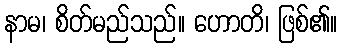
နာမ၊ စိတ်မည်သည်။ ဟောတိ၊ ဖြစ်၏။